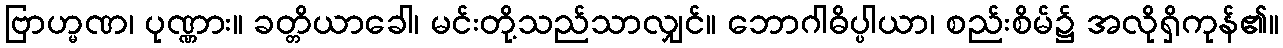
ဗြာဟ္မဏ၊ ပုဏ္ဏား။ ခတ္တိယာခေါ၊ မင်းတို့သည်သာလျှင်။ ဘောဂါဓိပ္ပါယာ၊ စည်းစိမ်၌ အလိုရှိကုန်၏။